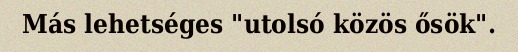
Más lehetséges "utolsó közös ősök".